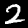
Digit: 2